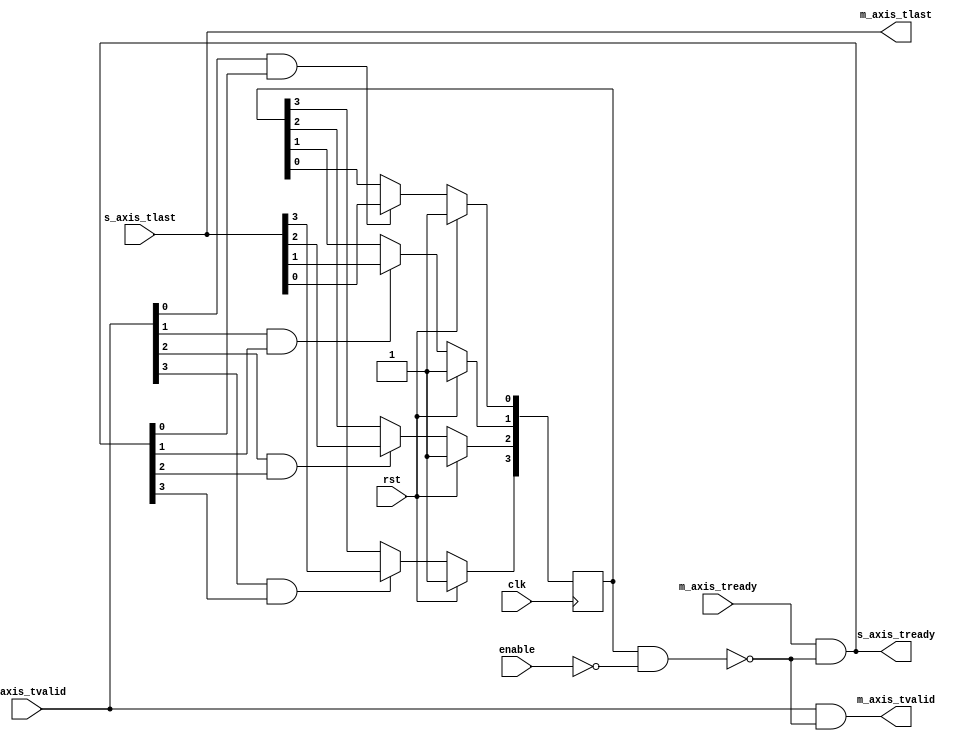
/*

Copyright (c) 2019-2021 Moein Khazraee

Permission is hereby granted, free of charge, to any person obtaining a copy
of this software and associated documentation files (the "Software"), to deal
in the Software without restriction, including without limitation the rights
to use, copy, modify, merge, publish, distribute, sublicense, and/or sell
copies of the Software, and to permit persons to whom the Software is
furnished to do so, subject to the following conditions:

The above copyright notice and this permission notice shall be included in
all copies or substantial portions of the Software.

THE SOFTWARE IS PROVIDED "AS IS", WITHOUT WARRANTY OF ANY KIND, EXPRESS OR
IMPLIED, INCLUDING BUT NOT LIMITED TO THE WARRANTIES OF MERCHANTABILITY
FITNESS FOR A PARTICULAR PURPOSE AND NONINFRINGEMENT. IN NO EVENT SHALL THE
AUTHORS OR COPYRIGHT HOLDERS BE LIABLE FOR ANY CLAIM, DAMAGES OR OTHER
LIABILITY, WHETHER IN AN ACTION OF CONTRACT, TORT OR OTHERWISE, ARISING FROM,
OUT OF OR IN CONNECTION WITH THE SOFTWARE OR THE USE OR OTHER DEALINGS IN
THE SOFTWARE.

*/

// Language: Verilog 2001

`resetall
`timescale 1ns / 1ps
`default_nettype none

// Sits on tvalid/tready/tlast to stop the interface on packet boundaries.
// Adds 2 bits logic for tvalid and tready
module axis_stopper # (
  parameter PORT_COUNT = 4,
  parameter REG_FOR_EN = 0
) (
  input  wire                  clk,
  input  wire                  rst,

  input  wire [PORT_COUNT-1:0] enable,

  input  wire [PORT_COUNT-1:0] s_axis_tvalid,
  input  wire [PORT_COUNT-1:0] s_axis_tlast,
  output wire [PORT_COUNT-1:0] s_axis_tready,

  output wire [PORT_COUNT-1:0] m_axis_tvalid,
  output wire [PORT_COUNT-1:0] m_axis_tlast,
  input  wire [PORT_COUNT-1:0] m_axis_tready
);

  // Register enable input if necessary
  reg [PORT_COUNT-1:0] enable_r;
  generate
    if (REG_FOR_EN) begin

      always @ (posedge clk)
        if (rst)
          enable_r <= {PORT_COUNT{1'b1}};
        else
          enable_r <= enable;

    end else begin

      always @ (*)
          enable_r = enable;

    end
  endgenerate

  // Detect Start of Packet
  reg [PORT_COUNT-1:0] SoP;
  integer i;

  always @ (posedge clk)
    if (rst)
      SoP <= {PORT_COUNT{1'b1}};
    else
      for (i=0;i<PORT_COUNT;i=i+1)
        if (s_axis_tvalid[i] && s_axis_tready[i]) // If there was a transaction
          SoP[i] <= s_axis_tlast[i]; // SoP becomes 1 only after tlast

  // Combinational logic for the outputs.
  // Blocking happens only from start of a packet until enable is re-asserted
  wire [PORT_COUNT-1:0] block = SoP & ~enable_r;

  assign m_axis_tlast  = s_axis_tlast;
  assign m_axis_tvalid = s_axis_tvalid & ~block;
  assign s_axis_tready = m_axis_tready & ~block;

endmodule

`resetall